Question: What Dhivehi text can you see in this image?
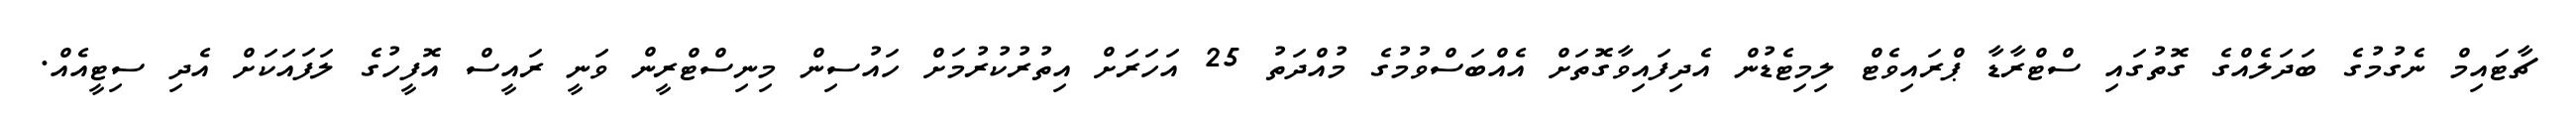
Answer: ޗާޓައިމް ނެގުމުގެ ބަދަލެއްގެ ގޮތުގައި ސްޓްރާޑާ ޕްރައިވެޓް ލިމިޓެޑުން އެދިފައިވާގޮތަށް އެއްބަސްވުމުގެ މުއްދަތު 25 އަހަރަށް އިތުރުކުރުމަށް ހައުސިން މިނިސްޓްރީން ވަނީ ރައީސް އޮފީހުގެ ލަފައަކަށް އެދި ސިޓީއެއް.